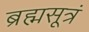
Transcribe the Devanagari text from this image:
ब्रह्मसूत्रं